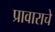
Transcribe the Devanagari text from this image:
प्रावाराचे